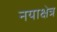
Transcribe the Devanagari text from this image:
नयाक्षेत्र